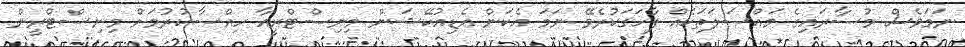
ނަމަވެސް މުސާރައިގެ މައްސަލަތަކެއް ފާހަގަކުރެވޭ ނަމަ އެކަން އެޑިއުކޭޝަން މިނިސްޓްރީއާ ހިއްސާކުރުމަށް މިނިސްޓްރީން